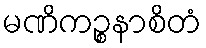
မဏိကဉ္စနာစိတံ